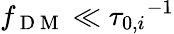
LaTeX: f_{\mathrm{~D~M~}}\ll{\tau_{0,i}}^{-1}